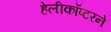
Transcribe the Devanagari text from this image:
हेलीकॉप्टरने